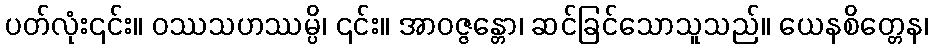
ပတ်လုံး၎င်း။ ဝဿသဟဿမ္ပိ၊ ၎င်း။ အာဝဇ္ဇန္တော၊ ဆင်ခြင်သောသူသည်။ ယေနစိတ္တေန၊